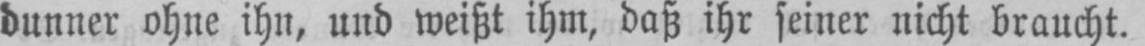
dunner ohne ihn, und weißt ihm, daß ihr seiner nicht braucht.